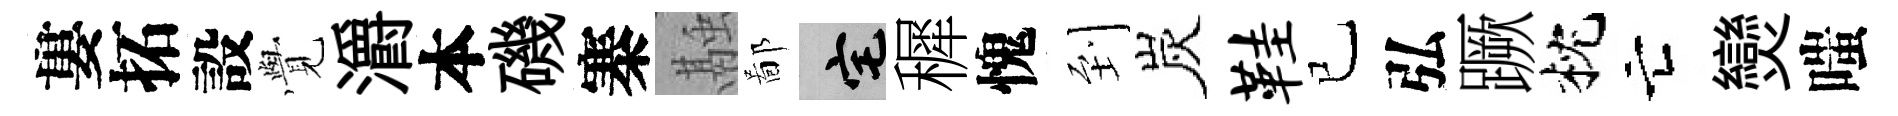
婁拓設𮗜灂本磯寨融鄙宅穉愧到炭鞋已弘蹶枕亡𤓖嗤